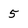
Character: 5